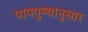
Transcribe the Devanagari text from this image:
पापपुण्यानुसार